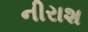
નીરાશ